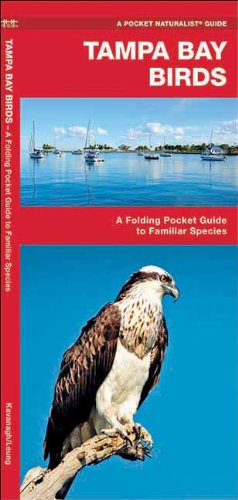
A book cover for Tampa Bay Birds: A Folding Pocket Guide to Familiar Species (Pocket Naturalist Guide Series); James Kavanagh; Travel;